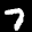
Label: 7